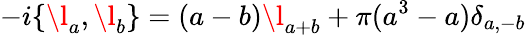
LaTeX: -i\{ \l_{a},\l_{b}\} =(a-b)\l_{a+b}+\pi(a^{3}-a)\delta_{a,-b}